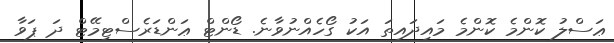
ޢަސްލު ކޮންމެ ކޮންމެ މައިދައިތަ އަކު ގޯހެއްނުވާނެ. ޑޯންޓް ޢަންޑަރެސްޓިމޭޓް ދަ ޕަވާ